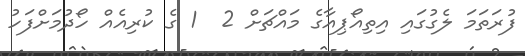
ފުރަތަމަ ލެގުގައި އިތިއޯޕިއާގެ މައްޗަށް 2  1 ގެ ކުރިއެއް ހޯދުމަށްފަހު